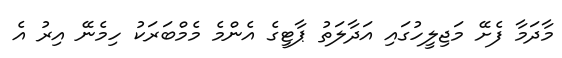
މާދަމާ ފެށޭ މަޖިލީހުގައި އަދާލަތު ޕާޓީގެ އެންމެ މެމްބަރަކު ހިމެނޭ އިރު އެ